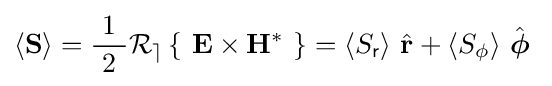
\langle \mathbf {S} \rangle ={\frac {\ 1\ }{2}}{\mathcal {R_{e}}}\left\{\ \mathbf {E} \times \mathbf {H} ^{*}\ \right\}=\langle S_{\mathsf {r}}\rangle \ {\hat {\mathbf {r} }}+\langle S_{\mathsf {\phi }}\rangle \ {\hat {\boldsymbol {\phi }}}~